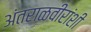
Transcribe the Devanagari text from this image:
अंतराळवीरांशी